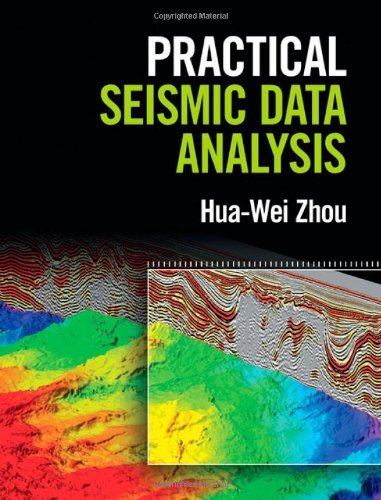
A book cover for Practical Seismic Data Analysis; Hua-Wei Zhou; Science & Math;